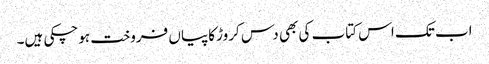
اب تک اس کتاب کی بھی دس کروڑ کاپیاں فروخت ہوچکی ہیں۔